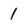
Character: 1